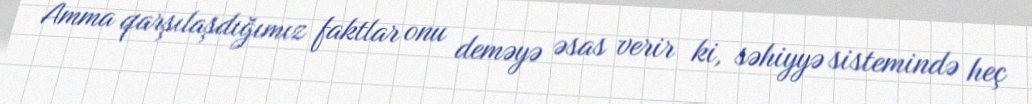
Amma qarşılaşdığımız faktlar onu deməyə əsas verir ki, səhiyyə sistemində heç